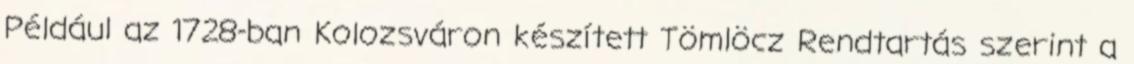
Például az 1728-ban Kolozsváron készített Tömlöcz Rendtartás szerint a